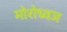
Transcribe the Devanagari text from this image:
मोरोध्‍वज